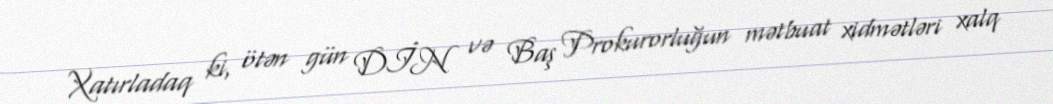
Xatırladaq ki, ötən gün DİN və Baş Prokurorluğun mətbuat xidmətləri xalq